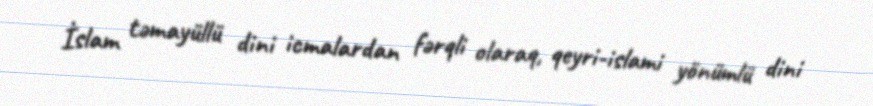
İslam təmayüllü dini icmalardan fərqli olaraq, qeyri-islami yönümlü dini